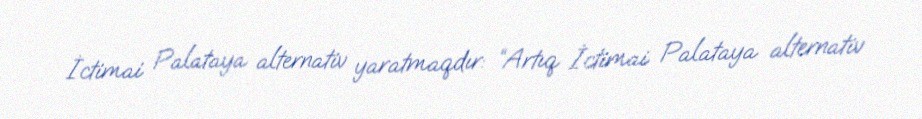
İctimai Palataya alternativ yaratmaqdır: “Artıq İctimai Palataya alternativ